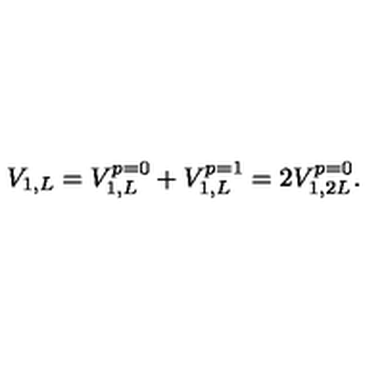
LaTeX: V _ { 1 , L } = V _ { 1 , L } ^ { p = 0 } + V _ { 1 , L } ^ { p = 1 } = 2 V _ { 1 , 2 L } ^ { p = 0 } .